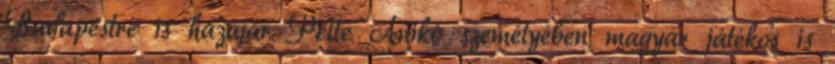
Budapestre is hazajár Pelle Anikó személyében magyar játékos is